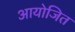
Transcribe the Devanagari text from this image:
आयोजित